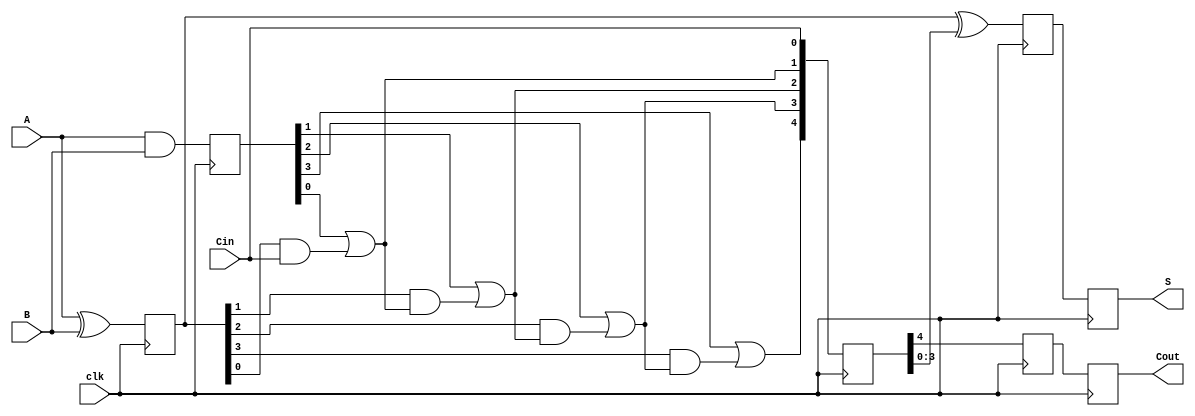
module PipelinedCLA #(parameter N = 4) (
    input wire clk,
    input wire [N-1:0] A,
    input wire [N-1:0] B,
    input wire Cin,
    output reg [N-1:0] S,
    output reg Cout
);

    // Stage 1: Generate and Propagate
    wire [N-1:0] G; // Generate
    wire [N-1:0] P; // Propagate
    reg [N-1:0] G_reg, P_reg;

    // Stage 2: Carry Calculation
    wire [N:0] C; // Carry
    reg [N:0] C_reg;

    // Stage 3: Sum Calculation
    reg [N-1:0] S_reg;
    reg Cout_reg;

    // Generate and Propagate Logic
    assign G = A & B;       // G[i] = A[i] AND B[i]
    assign P = A ^ B;       // P[i] = A[i] XOR B[i]

    // Carry Calculation Logic
    assign C[0] = Cin;
    genvar i;
    generate
        for (i = 1; i <= N; i = i + 1) begin : carry_calc
            assign C[i] = G_reg[i-1] | (P_reg[i-1] & C[i-1]);
        end
    endgenerate

    // Stage 1: Register G and P
    always @(posedge clk) begin
        G_reg <= G;
        P_reg <= P;
    end

    // Stage 2: Register C
    always @(posedge clk) begin
        C_reg <= C;
    end

    // Stage 3: Calculate Sum and Cout
    always @(posedge clk) begin
        S_reg <= P_reg ^ C_reg[N-1:0]; // S[i] = P[i] XOR C[i]
        Cout_reg <= C_reg[N];           // Cout = C[n]
    end

    // Output assignment
    always @(posedge clk) begin
        S <= S_reg;
        Cout <= Cout_reg;
    end

endmodule